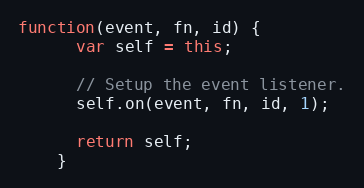
Language: JavaScript
function(event, fn, id) {
      var self = this;

      // Setup the event listener.
      self.on(event, fn, id, 1);

      return self;
    }